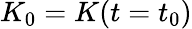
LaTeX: K_{0}=K(t=t_{0})